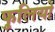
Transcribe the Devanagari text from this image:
फुलियो